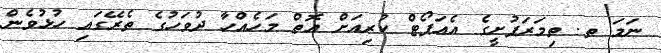
ނަމަ ތ. ތިމަރަފުށީގެ އެއަޕޯޓް ކުރިއަށް އޮތް މަހެއްހާ ދުވަހުގެ ތެރޭގައި ހުޅުވެން